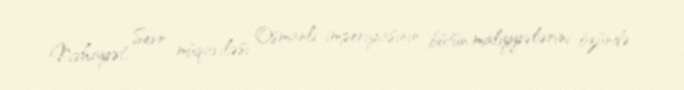
Nəhayət, Sevr müqaviləsi Osmanlı imperiyasının bütün maliyyələrini özündə